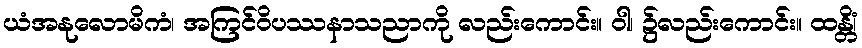
ယံအနုလောမိကံ၊ အကြင်ဝိပဿနာသညာကို လည်းကောင်း။ ဝါ၊ ၌လည်းကောင်း။ ထန္တိံ၊